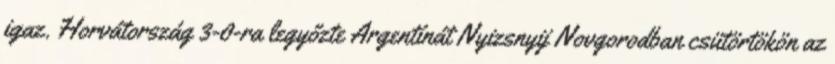
igaz. Horvátország 3-0-ra legyőzte Argentínát Nyizsnyij Novgorodban csütörtökön az